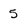
Character: 5